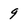
Character: 9